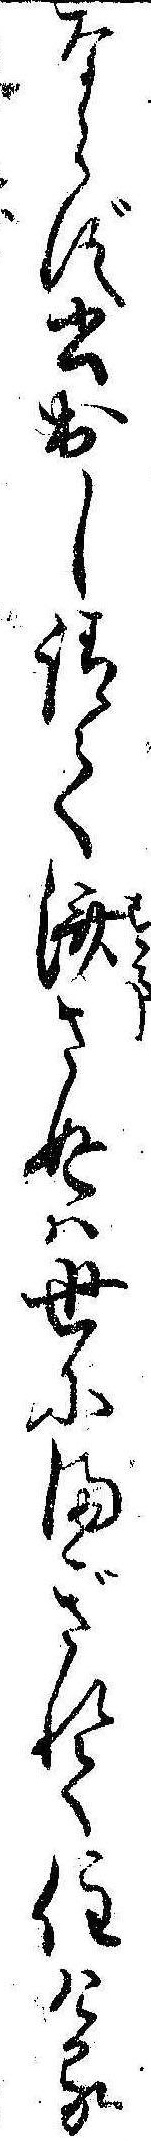
ならず書出し請て済さぬは世にまぎれて住ける